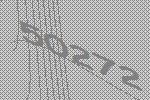
50272